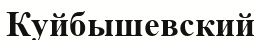
Куйбышевский